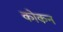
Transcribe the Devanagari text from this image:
कोकन